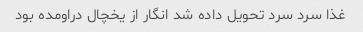
غذا سرد سرد تحویل داده شد انگار از یخچال دراومده بود